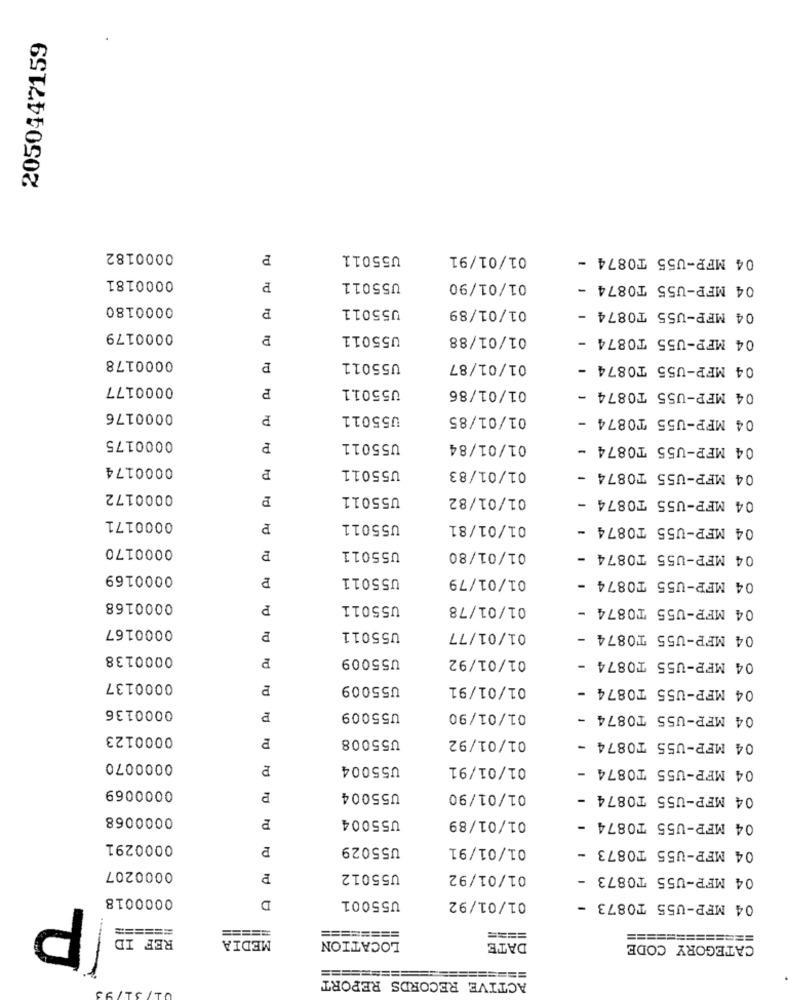
2050447159
0000182
P
U55011
01/01/91
04 MFP-U55 TO874 -
0000181
P
U55011
01/01/90
04 MFP-U55 T0874 -
0000180
P
U55011
01/01/89
04 MFP-U55 TO874 -
0000179
U55011
01/01/88
04 MFP-U55 TO874 -
0000178
U55011
01/01/87
04 MFP-U55 TO874 -
rd
0000177
U55011
01/01/86
04 MFP-U55 TO874 -
0000176
P
U55011
01/01/85
04 MFP-U55 TO874 -
0000175
P
U55011
01/01/84
04 MFP-U55 TO874 -
0000174
P
U55011
01/01/83
04 MFP-U55 TO874 -
0000172
P
U55011
01/01/82
04 MFP-U55 TO874 -
0000171
P
U55011
01/01/81
04 MFP-U55 TO874 -
0000170
U55011
01/01/80
04 MFP-U55 TO874 -
0000169
U55011
01/01/79
04 MFP-U55 TO874 -
0000168
P
U55011
01/01/78
04 MFP-U55 TO874 -
0000167
U55011
01/01/77
04 MFP-U55 T0874 -
0000138
U55009
01/01/92
04 MFP-U55 TO874 -
0000137
U55009
01/01/91
04 MFP-U55 TO874 -
0000136
P
U55009
01/01/90
04 MFP-U55 TO874 -
0000123
U55008
01/01/92
04 MFP-U55 TO874
0000070
P
U55004
01/01/91
04 MFP-U55 TO874 -
0000069
P
U55004
01/01/90
04 MFP-U55 TO874 -
0000068
U55004
01/01/89
04 MFP-U55 T0874 -
0000291
U55029
01/01/91
04 MFP-U55 T0873 -
0000207
U55012
01/01/92
04 MFP-U55 T0873 -
0000018
D
U55001
P
01/01/92
04 MFP-U55 T0873 -
======
=====
REF ID
========
LOCATION
====
=============
MEDIA
DATE
CATEGORY CODE
====
=====
ACTIVE RECORDS REPORT
======